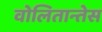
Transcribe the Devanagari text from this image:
वोलितान्तेस